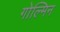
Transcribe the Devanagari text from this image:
गोल्मिन